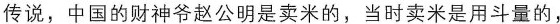
传说，中国的财神爷赵公明是卖米的，当时卖米是用斗量的，